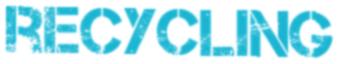
RECYCLING